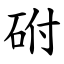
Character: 䂤